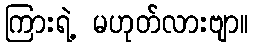
ကြားရဲ့ မဟုတ်လားဗျာ။